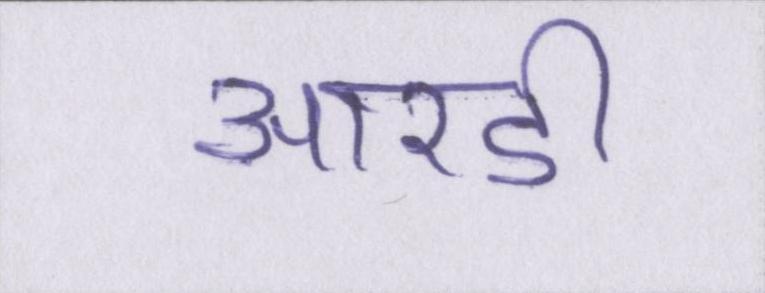
आरडी